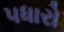
પધારો